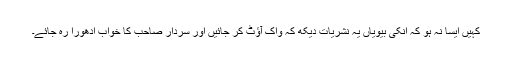
کہیں ایسا نہ ہو کہ انکی بیویاں یہ نشریات دیکھ کہ واک آؤٹ کر جائیں اور سردار صاحب کا خواب ادھورا رہ جائے۔